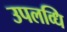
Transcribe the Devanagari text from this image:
उपलव्धि